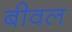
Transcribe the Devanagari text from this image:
बीवल